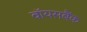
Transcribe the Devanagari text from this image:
वॉयसबैंक